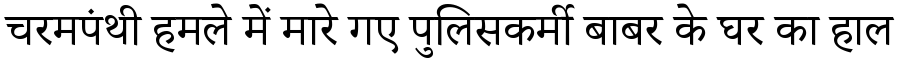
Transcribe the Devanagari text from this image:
चरमपंथी हमले में मारे गए पुलिसकर्मी बाबर के घर का हाल